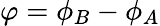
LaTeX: \varphi=\phi_{B}-\phi_{A}